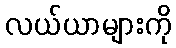
လယ်ယာများကို